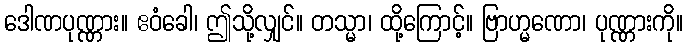
ဒေါဏပုဏ္ဏား။ ဧဝံခေါ၊ ဤသို့လျှင်။ တသ္မာ၊ ထို့ကြောင့်။ ဗြာဟ္မဏော၊ ပုဏ္ဏားကို။